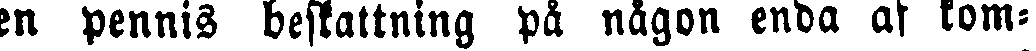
en pennis beställning på någon enda af kom-